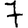
Digit: 7